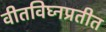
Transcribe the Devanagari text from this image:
वीतविघ्नप्रतीत